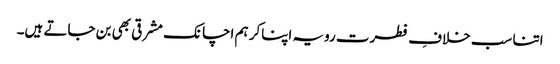
اتنا سب خلافِ فطرت رویہ اپناکر ہم اچانک مشرقی بھی بن جاتے ہیں۔